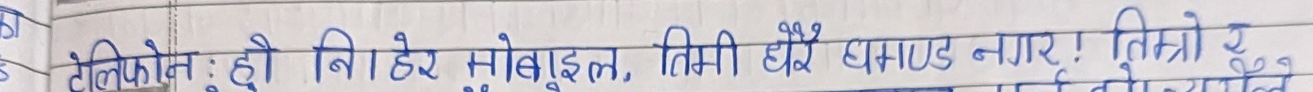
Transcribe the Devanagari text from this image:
टेलिफोन: हो नि। हेर मोबाइल, तिमी धेरै घमण्ड नगर ! तिम्रो र २०१